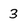
Character: 3